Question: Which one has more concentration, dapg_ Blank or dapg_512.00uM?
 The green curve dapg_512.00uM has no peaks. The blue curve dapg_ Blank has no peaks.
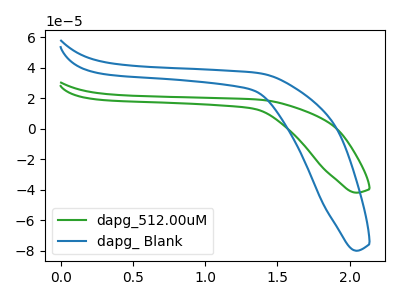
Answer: <think>Neither "dapg_ Blank" or "dapg_512.00uM" have any peaks.
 </think>
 <answer>I cant tell if "dapg_ Blank" or "dapg_512.00uM" has higher concentration.</answer>
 <eval>mixed_concentration</eval>